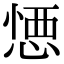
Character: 𢝴